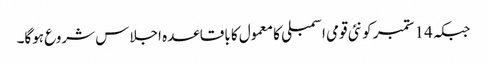
جبکہ 14 ستمبر کو نئی قومی اسمبلی کا معمول کا باقاعدہ اجلاس شروع ہوگا۔